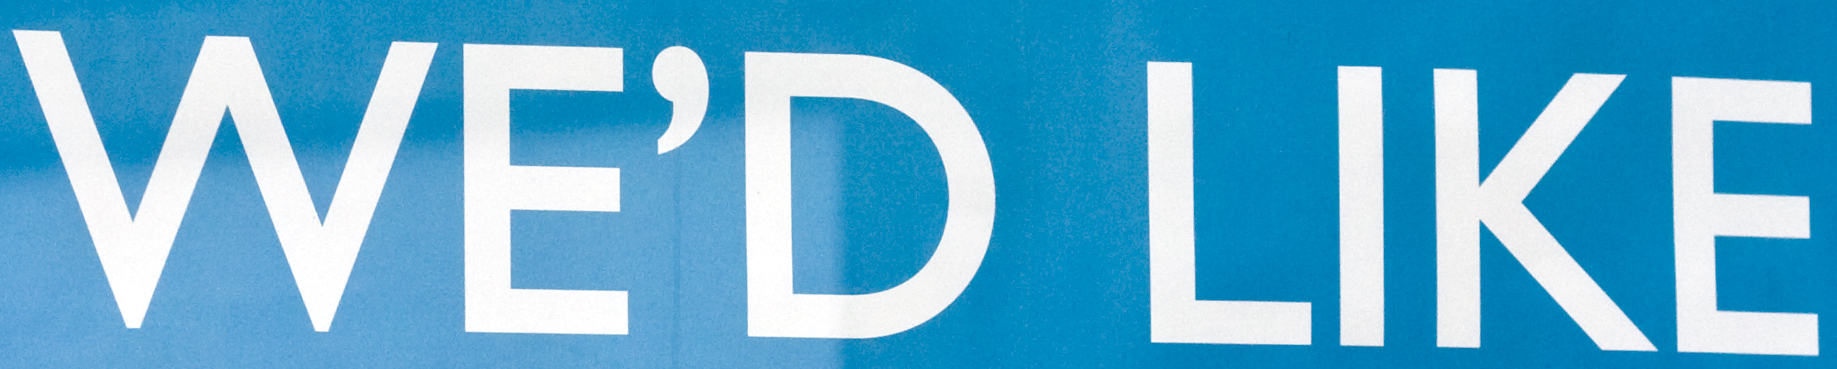
WE'D LIKE